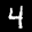
Label: 4